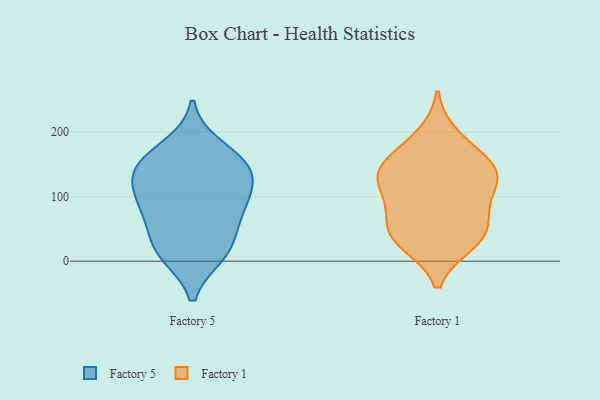
{"axis": {"x": "Budget (USD K)", "y": "Value"}, "legend": ["Factory 1", "Factory 5"], "data": [{"x": "", "y": 24, "type": "Factory 5"}, {"x": "", "y": 145, "type": "Factory 5"}, {"x": "", "y": 176, "type": "Factory 5"}, {"x": "", "y": 12, "type": "Factory 5"}, {"x": "", "y": 138, "type": "Factory 5"}, {"x": "", "y": 99, "type": "Factory 5"}, {"x": "", "y": 140, "type": "Factory 5"}, {"x": "", "y": 16, "type": "Factory 5"}, {"x": "", "y": 86, "type": "Factory 5"}, {"x": "", "y": 148, "type": "Factory 5"}, {"x": "", "y": 91, "type": "Factory 5"}, {"x": "", "y": 63, "type": "Factory 5"}, {"x": "", "y": 81, "type": "Factory 1"}, {"x": "", "y": 117, "type": "Factory 1"}, {"x": "", "y": 140, "type": "Factory 1"}, {"x": "", "y": 133, "type": "Factory 1"}, {"x": "", "y": 168, "type": "Factory 1"}, {"x": "", "y": 27, "type": "Factory 1"}, {"x": "", "y": 106, "type": "Factory 1"}, {"x": "", "y": 147, "type": "Factory 1"}, {"x": "", "y": 28, "type": "Factory 1"}, {"x": "", "y": 65, "type": "Factory 1"}, {"x": "", "y": 138, "type": "Factory 1"}, {"x": "", "y": 195, "type": "Factory 1"}, {"x": "", "y": 40, "type": "Factory 1"}, {"x": "", "y": 51, "type": "Factory 1"}]}